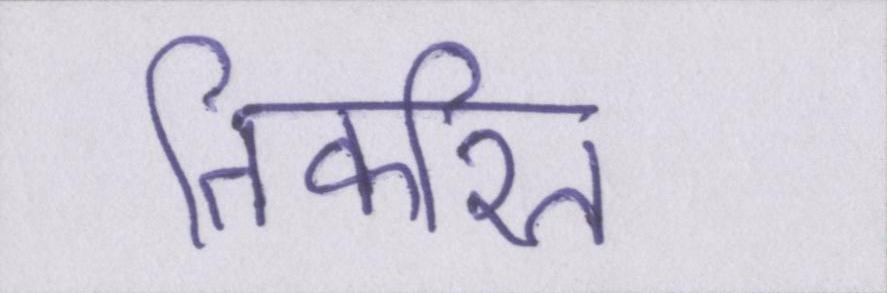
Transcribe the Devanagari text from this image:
तिकरित